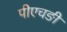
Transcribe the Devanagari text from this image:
पीएचङी